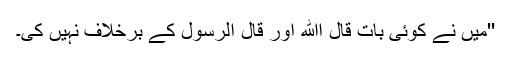
''میں نے کوئی بات قال اﷲ اور قال الرسول کے برخلاف نہیں کی۔